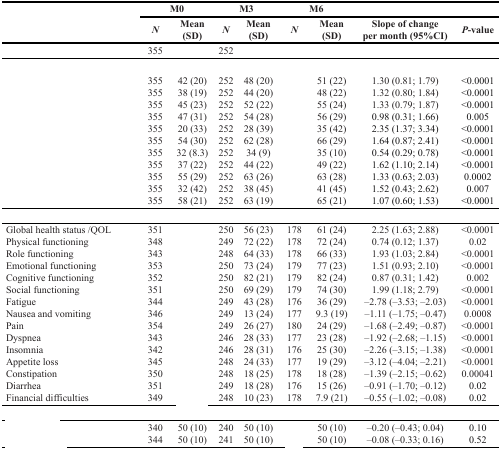
<table><thead><tr><td rowspan="2">[EMPTY_CELL]</td><td colspan="2"><b>M0</b></td><td colspan="2"><b>M3</b></td><td colspan="2"><b>M6</b></td><td>[EMPTY_CELL]</td><td>[EMPTY_CELL]</td></tr><tr><td><b><i>N</i></b></td><td><b>Mean (SD)</b></td><td><b><i>N</i></b></td><td><b>Mean (SD)</b></td><td><b><i>N</i></b></td><td><b>Mean (SD)</b></td><td><b>Slope of changeper month (95%CI)</b></td><td><b><i>P</i>-value</b></td></tr></thead><tbody><tr><td>[EMPTY_CELL]</td><td>355</td><td>[EMPTY_CELL]</td><td>252</td><td>[EMPTY_CELL]</td><td>[EMPTY_CELL]</td><td>[EMPTY_CELL]</td><td>[EMPTY_CELL]</td><td>[EMPTY_CELL]</td></tr><tr><td>[EMPTY_CELL]</td><td>[EMPTY_CELL]</td><td>[EMPTY_CELL]</td><td>[EMPTY_CELL]</td><td>[EMPTY_CELL]</td><td>[EMPTY_CELL]</td><td>[EMPTY_CELL]</td><td>[EMPTY_CELL]</td><td>[EMPTY_CELL]</td></tr><tr><td>[EMPTY_CELL]</td><td>355355355355355355355355355355355</td><td>42 (20)38 (19)45 (23)47 (31)20 (33)54 (30)32 (8.3)37 (22)55 (29)32 (42)58 (21)</td><td>252252252252252252252252252252252</td><td>48 (20)44 (20)52 (22)54 (28)28 (39)62 (28)34 (9)44 (22)63 (26)38 (45)63 (19)</td><td>[EMPTY_CELL]</td><td>51 (22)48 (22)55 (24)56 (29)35 (42)66 (29)35 (10)49 (22)63 (28)41 (45)65 (21)</td><td>1.30 (0.81; 1.79)1.32 (0.80; 1.84)1.33 (0.79; 1.87)0.98 (0.31; 1.66)2.35 (1.37; 3.34)1.64 (0.87; 2.41)0.54 (0.29; 0.78)1.62 (1.10; 2.14)1.33 (0.63; 2.03)1.52 (0.43; 2.62)1.07 (0.60; 1.53)</td><td>&lt;0.0001&lt;0.0001&lt;0.00010.005&lt;0.0001&lt;0.0001&lt;0.0001&lt;0.00010.00020.007&lt;0.0001</td></tr><tr><td>[EMPTY_CELL]</td><td>[EMPTY_CELL]</td><td>[EMPTY_CELL]</td><td>[EMPTY_CELL]</td><td>[EMPTY_CELL]</td><td>[EMPTY_CELL]</td><td>[EMPTY_CELL]</td><td>[EMPTY_CELL]</td><td>[EMPTY_CELL]</td></tr><tr><td>Global health status /QOLPhysical functioningRole functioningEmotional functioningCognitive functioningSocial functioningFatigueNausea and vomitingPainDyspneaInsomniaAppetite lossConstipationDiarrheaFinancial difficulties</td><td>351348343353352351344346354343342345350351349</td><td>[EMPTY_CELL]</td><td>250249248250250250249249249246246248248249248</td><td>56 (23)72 (22)64 (33)73 (24)82 (21)69 (29)43 (28)13 (24)26 (27)28 (33)28 (31)24 (33)18 (25)18 (28)10 (23)</td><td>178178178179179179176177180177176177178176178</td><td>61 (24)72 (24)66 (33)77 (23)82 (24)74 (30)36 (29)9.3 (19)24 (29)23 (28)25 (30)19 (29)18 (28)15 (26)7.9 (21)</td><td>2.25 (1.63; 2.88)0.74 (0.12; 1.37)1.93 (1.03; 2.84)1.51 (0.93; 2.10)0.87 (0.31; 1.42)1.99 (1.18; 2.79)–2.78 (–3.53; –2.03)–1.11 (–1.75; –0.47)–1.68 (–2.49; –0.87)–1.92 (–2.68; –1.15)–2.26 (–3.15; –1.38)–3.12 (–4.04; –2.21)–1.39 (–2.15; –0.62)–0.91 (–1.70; –0.12)–0.55 (–1.02; –0.08)</td><td>&lt;0.00010.02&lt;0.0001&lt;0.00010.002&lt;0.0001&lt;0.00010.0008&lt;0.0001&lt;0.0001&lt;0.0001&lt;0.00010.000410.020.02</td></tr><tr><td>[EMPTY_CELL]</td><td>[EMPTY_CELL]</td><td>[EMPTY_CELL]</td><td>[EMPTY_CELL]</td><td>[EMPTY_CELL]</td><td>[EMPTY_CELL]</td><td>[EMPTY_CELL]</td><td>[EMPTY_CELL]</td><td>[EMPTY_CELL]</td></tr><tr><td>[EMPTY_CELL]</td><td>340344</td><td>50 (10)50 (10)</td><td>240241</td><td>50 (10)50 (10)</td><td>[EMPTY_CELL]</td><td>50 (10)50 (10)</td><td>–0.20 (–0.43; 0.04)–0.08 (–0.33; 0.16)</td><td>0.100.52</td></tr></tbody></table>